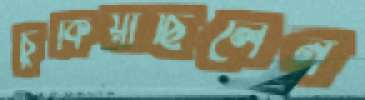
চুকিয়াছিলেন